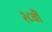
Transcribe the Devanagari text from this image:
२८वीं